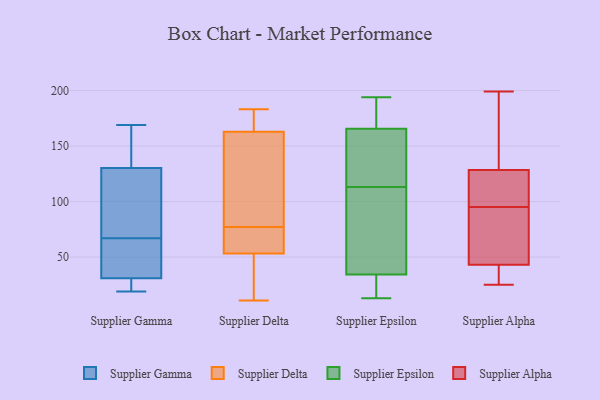
{"axis": {"x": "Shipments", "y": "Value"}, "legend": ["Supplier Alpha", "Supplier Delta", "Supplier Epsilon", "Supplier Gamma"], "data": [{"x": "", "y": 21, "type": "Supplier Gamma"}, {"x": "", "y": 37, "type": "Supplier Gamma"}, {"x": "", "y": 169, "type": "Supplier Gamma"}, {"x": "", "y": 138, "type": "Supplier Gamma"}, {"x": "", "y": 34, "type": "Supplier Gamma"}, {"x": "", "y": 88, "type": "Supplier Gamma"}, {"x": "", "y": 27, "type": "Supplier Gamma"}, {"x": "", "y": 28, "type": "Supplier Gamma"}, {"x": "", "y": 67, "type": "Supplier Gamma"}, {"x": "", "y": 138, "type": "Supplier Gamma"}, {"x": "", "y": 54, "type": "Supplier Gamma"}, {"x": "", "y": 30, "type": "Supplier Gamma"}, {"x": "", "y": 65, "type": "Supplier Gamma"}, {"x": "", "y": 81, "type": "Supplier Gamma"}, {"x": "", "y": 131, "type": "Supplier Gamma"}, {"x": "", "y": 128, "type": "Supplier Gamma"}, {"x": "", "y": 121, "type": "Supplier Gamma"}, {"x": "", "y": 19, "type": "Supplier Gamma"}, {"x": "", "y": 131, "type": "Supplier Gamma"}, {"x": "", "y": 183, "type": "Supplier Delta"}, {"x": "", "y": 178, "type": "Supplier Delta"}, {"x": "", "y": 120, "type": "Supplier Delta"}, {"x": "", "y": 165, "type": "Supplier Delta"}, {"x": "", "y": 22, "type": "Supplier Delta"}, {"x": "", "y": 11, "type": "Supplier Delta"}, {"x": "", "y": 156, "type": "Supplier Delta"}, {"x": "", "y": 57, "type": "Supplier Delta"}, {"x": "", "y": 52, "type": "Supplier Delta"}, {"x": "", "y": 77, "type": "Supplier Delta"}, {"x": "", "y": 67, "type": "Supplier Delta"}, {"x": "", "y": 28, "type": "Supplier Epsilon"}, {"x": "", "y": 185, "type": "Supplier Epsilon"}, {"x": "", "y": 170, "type": "Supplier Epsilon"}, {"x": "", "y": 124, "type": "Supplier Epsilon"}, {"x": "", "y": 120, "type": "Supplier Epsilon"}, {"x": "", "y": 72, "type": "Supplier Epsilon"}, {"x": "", "y": 36, "type": "Supplier Epsilon"}, {"x": "", "y": 69, "type": "Supplier Epsilon"}, {"x": "", "y": 84, "type": "Supplier Epsilon"}, {"x": "", "y": 15, "type": "Supplier Epsilon"}, {"x": "", "y": 194, "type": "Supplier Epsilon"}, {"x": "", "y": 185, "type": "Supplier Epsilon"}, {"x": "", "y": 113, "type": "Supplier Epsilon"}, {"x": "", "y": 164, "type": "Supplier Epsilon"}, {"x": "", "y": 29, "type": "Supplier Epsilon"}, {"x": "", "y": 150, "type": "Supplier Epsilon"}, {"x": "", "y": 13, "type": "Supplier Epsilon"}, {"x": "", "y": 120, "type": "Supplier Alpha"}, {"x": "", "y": 89, "type": "Supplier Alpha"}, {"x": "", "y": 111, "type": "Supplier Alpha"}, {"x": "", "y": 137, "type": "Supplier Alpha"}, {"x": "", "y": 101, "type": "Supplier Alpha"}, {"x": "", "y": 103, "type": "Supplier Alpha"}, {"x": "", "y": 42, "type": "Supplier Alpha"}, {"x": "", "y": 148, "type": "Supplier Alpha"}, {"x": "", "y": 28, "type": "Supplier Alpha"}, {"x": "", "y": 38, "type": "Supplier Alpha"}, {"x": "", "y": 138, "type": "Supplier Alpha"}, {"x": "", "y": 199, "type": "Supplier Alpha"}, {"x": "", "y": 192, "type": "Supplier Alpha"}, {"x": "", "y": 25, "type": "Supplier Alpha"}, {"x": "", "y": 54, "type": "Supplier Alpha"}, {"x": "", "y": 68, "type": "Supplier Alpha"}, {"x": "", "y": 44, "type": "Supplier Alpha"}, {"x": "", "y": 56, "type": "Supplier Alpha"}, {"x": "", "y": 106, "type": "Supplier Alpha"}, {"x": "", "y": 41, "type": "Supplier Alpha"}]}